Report on vaccination in Madras 1895-1903 - 1895-1903
Year: 1895
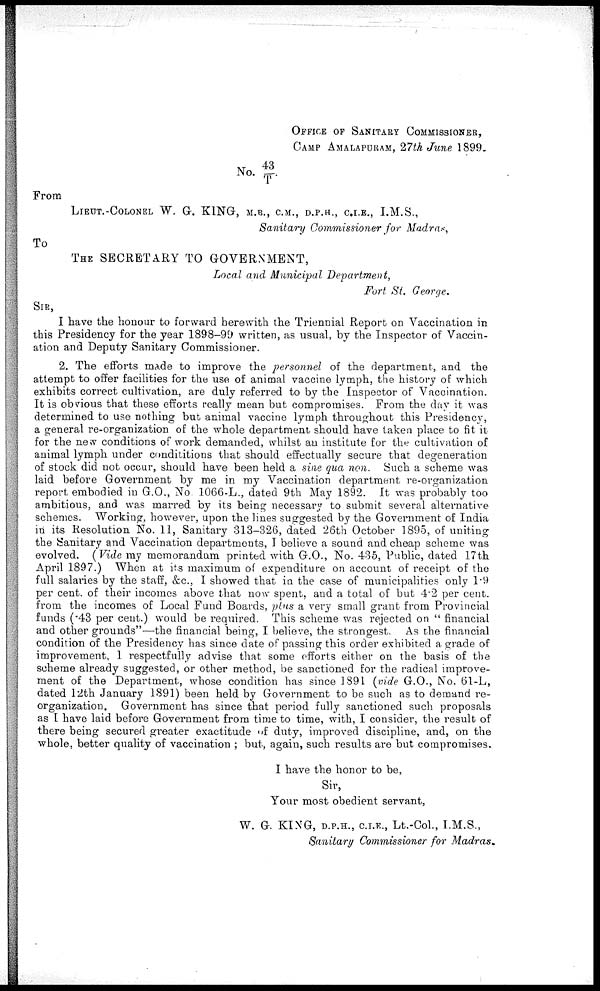
OFFICE OF SANITARY COMMISSIONER,
CAMP AMALAPURAM, 27th June 1899.
No. 43/ T.
From
LIEUT.-COLONEL W. G. KING, M.B., C.M., D.P.H., C.I.E., I.M.S.,
Sanitary Commissioner for Madras,
To
THE SECRETARY TO GOVERNMENT,
Local and Municipal Department,
Fort St. George.
SIR,
I have the honour to forward herewith the Triennial Report on Vaccination in
this Presidency for the year 1898-99 written, as usual, by the Inspector of Vaccin-
ation and Deputy Sanitary Commissioner.
2. The efforts made to improve the personnel of the department, and the
attempt to offer facilities for the use of animal vaccine lymph, the history of which
exhibits correct cultivation, are duly referred to by the Inspector of Vaccination.
It is obvious that these efforts really mean but compromises. From the day it was
determined to use nothing but animal vaccine lymph throughout this Presidency,
a general re-organization of the whole department should have taken place to fit it
for the new conditions of work demanded, whilst an institute for the cultivation of
animal lymph under condititions that should effectually secure that degeneration
of stock did not occur, should have been held a sine qua non. Such a scheme was
laid before Government by me in my Vaccination department re-organization
report embodied in G.O., No. 1066-L., dated 9th May 1892. It was probably too
ambitious, and was marred by its being necessary to submit several alternative
schemes. Working, however, upon the lines suggested by the Government of India
in its Resolution No. 11, Sanitary 313-326, dated 26th October 1895, of uniting
the Sanitary and Vaccination departments, I believe a sound and cheap scheme was
evolved. (Vide my memorandum printed with G.O., No. 435, Public, dated 17th
April 1897.) When at its maximum of expenditure on account of receipt of the
full salaries by the staff, &c., I showed that in the case of municipalities only 1.9
per cent. of their incomes above that now spent, and a total of but 4.2 per cent.
from the incomes of Local Fund Boards, plus a very small grant from Provincial
funds (.43 per cent.) would be required. This scheme was rejected on " financial
and other grounds"—the financial being, I believe, the strongest. As the financial
condition of the Presidency has since date of passing this order exhibited a grade of
improvement, 1 respectfully advise that some efforts either on the basis of the
scheme already suggested, or other method, be sanctioned for the radical improve-
ment of the Department, whose condition has since 1891 (vide G.O., No. 61-L,
dated 12th January 1891) been held by Government to be such as to demand re-
organization. Government has since that period fully sanctioned such proposals
as I have laid before Government from time to time, with, I consider, the result of
there being secured greater exactitude of duty, improved discipline, and, on the
whole, better quality of vaccination ; but, again, such results are but compromises.
I have the honor to be,
Sir,
Your most obedient servant,
W. G. KING, D.P.H., C.I.E., Lt.-Col., I.M.S.,
Sanitary Commissioner for Madras.